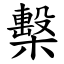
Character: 檕